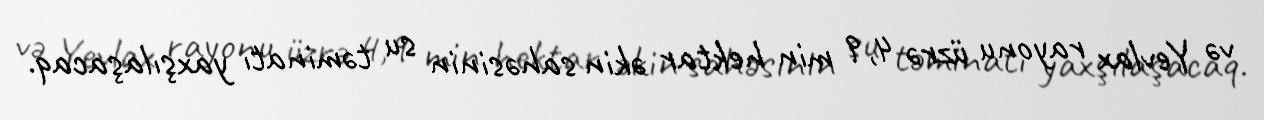
və Yevlax rayonu üzrə 4,9 min hektar əkin sahəsinin su təminatı yaxşılaşacaq.